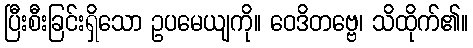
ပြီးစီးခြင်းရှိသော ဥပမေယျကို။ ဝေဒိတဗ္ဗေ၊ သိထိုက်၏။